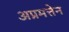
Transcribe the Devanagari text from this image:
अप्रमत्तेन